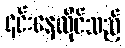
၎င်းနေထိုင်သည့်